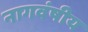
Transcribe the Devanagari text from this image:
नागवंषीय